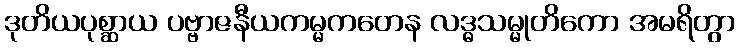
ဒုတိယပုစ္ဆာယ ပဗ္ဗာဇနီယကမ္မကတေန လဒ္ဓသမ္မုတိကော အမရိတွာ